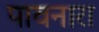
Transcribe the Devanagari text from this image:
पावनारा